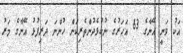
އަކު ވަނީ އޭނާގެ 63 އަހަރުގެ ނުކުޅެދުންތެރިކަން ހުންނަ ދަރިފުޅު އޭނާގެ މަރު